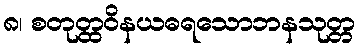
၈၊ စတုတ္ထဝိနယဓရသောဘနသုတ္တ